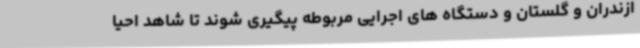
ازندران و گلستان و دستگاه های اجرایی مربوطه پیگیری شوند تا شاهد احیا